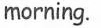
morning.